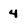
Character: 4